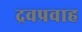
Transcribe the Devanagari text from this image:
द्रवप्रवाह